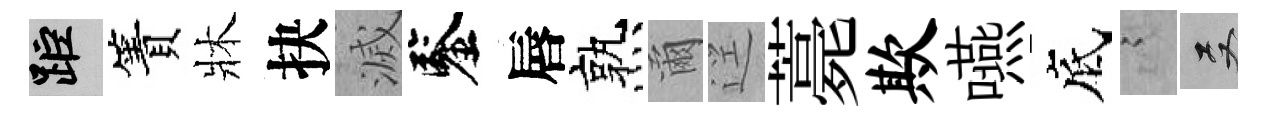
距簀牀抉滅鑒唇熟爾逕薧欺嚥底謭双